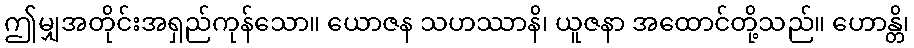
ဤမျှအတိုင်းအရှည်ကုန်သော။ ယောဇန သဟဿာနိ၊ ယူဇနာ အထောင်တို့သည်။ ဟောန္တိ၊